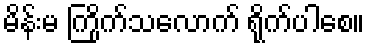
မိန်းမ ကြိုက်သလောက် ရိုက်ပါစေ။